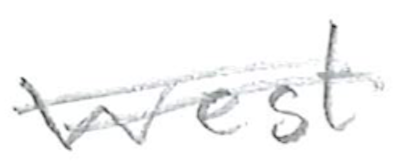
Text: west
Cross-out: double-line
Writing tool: pencil